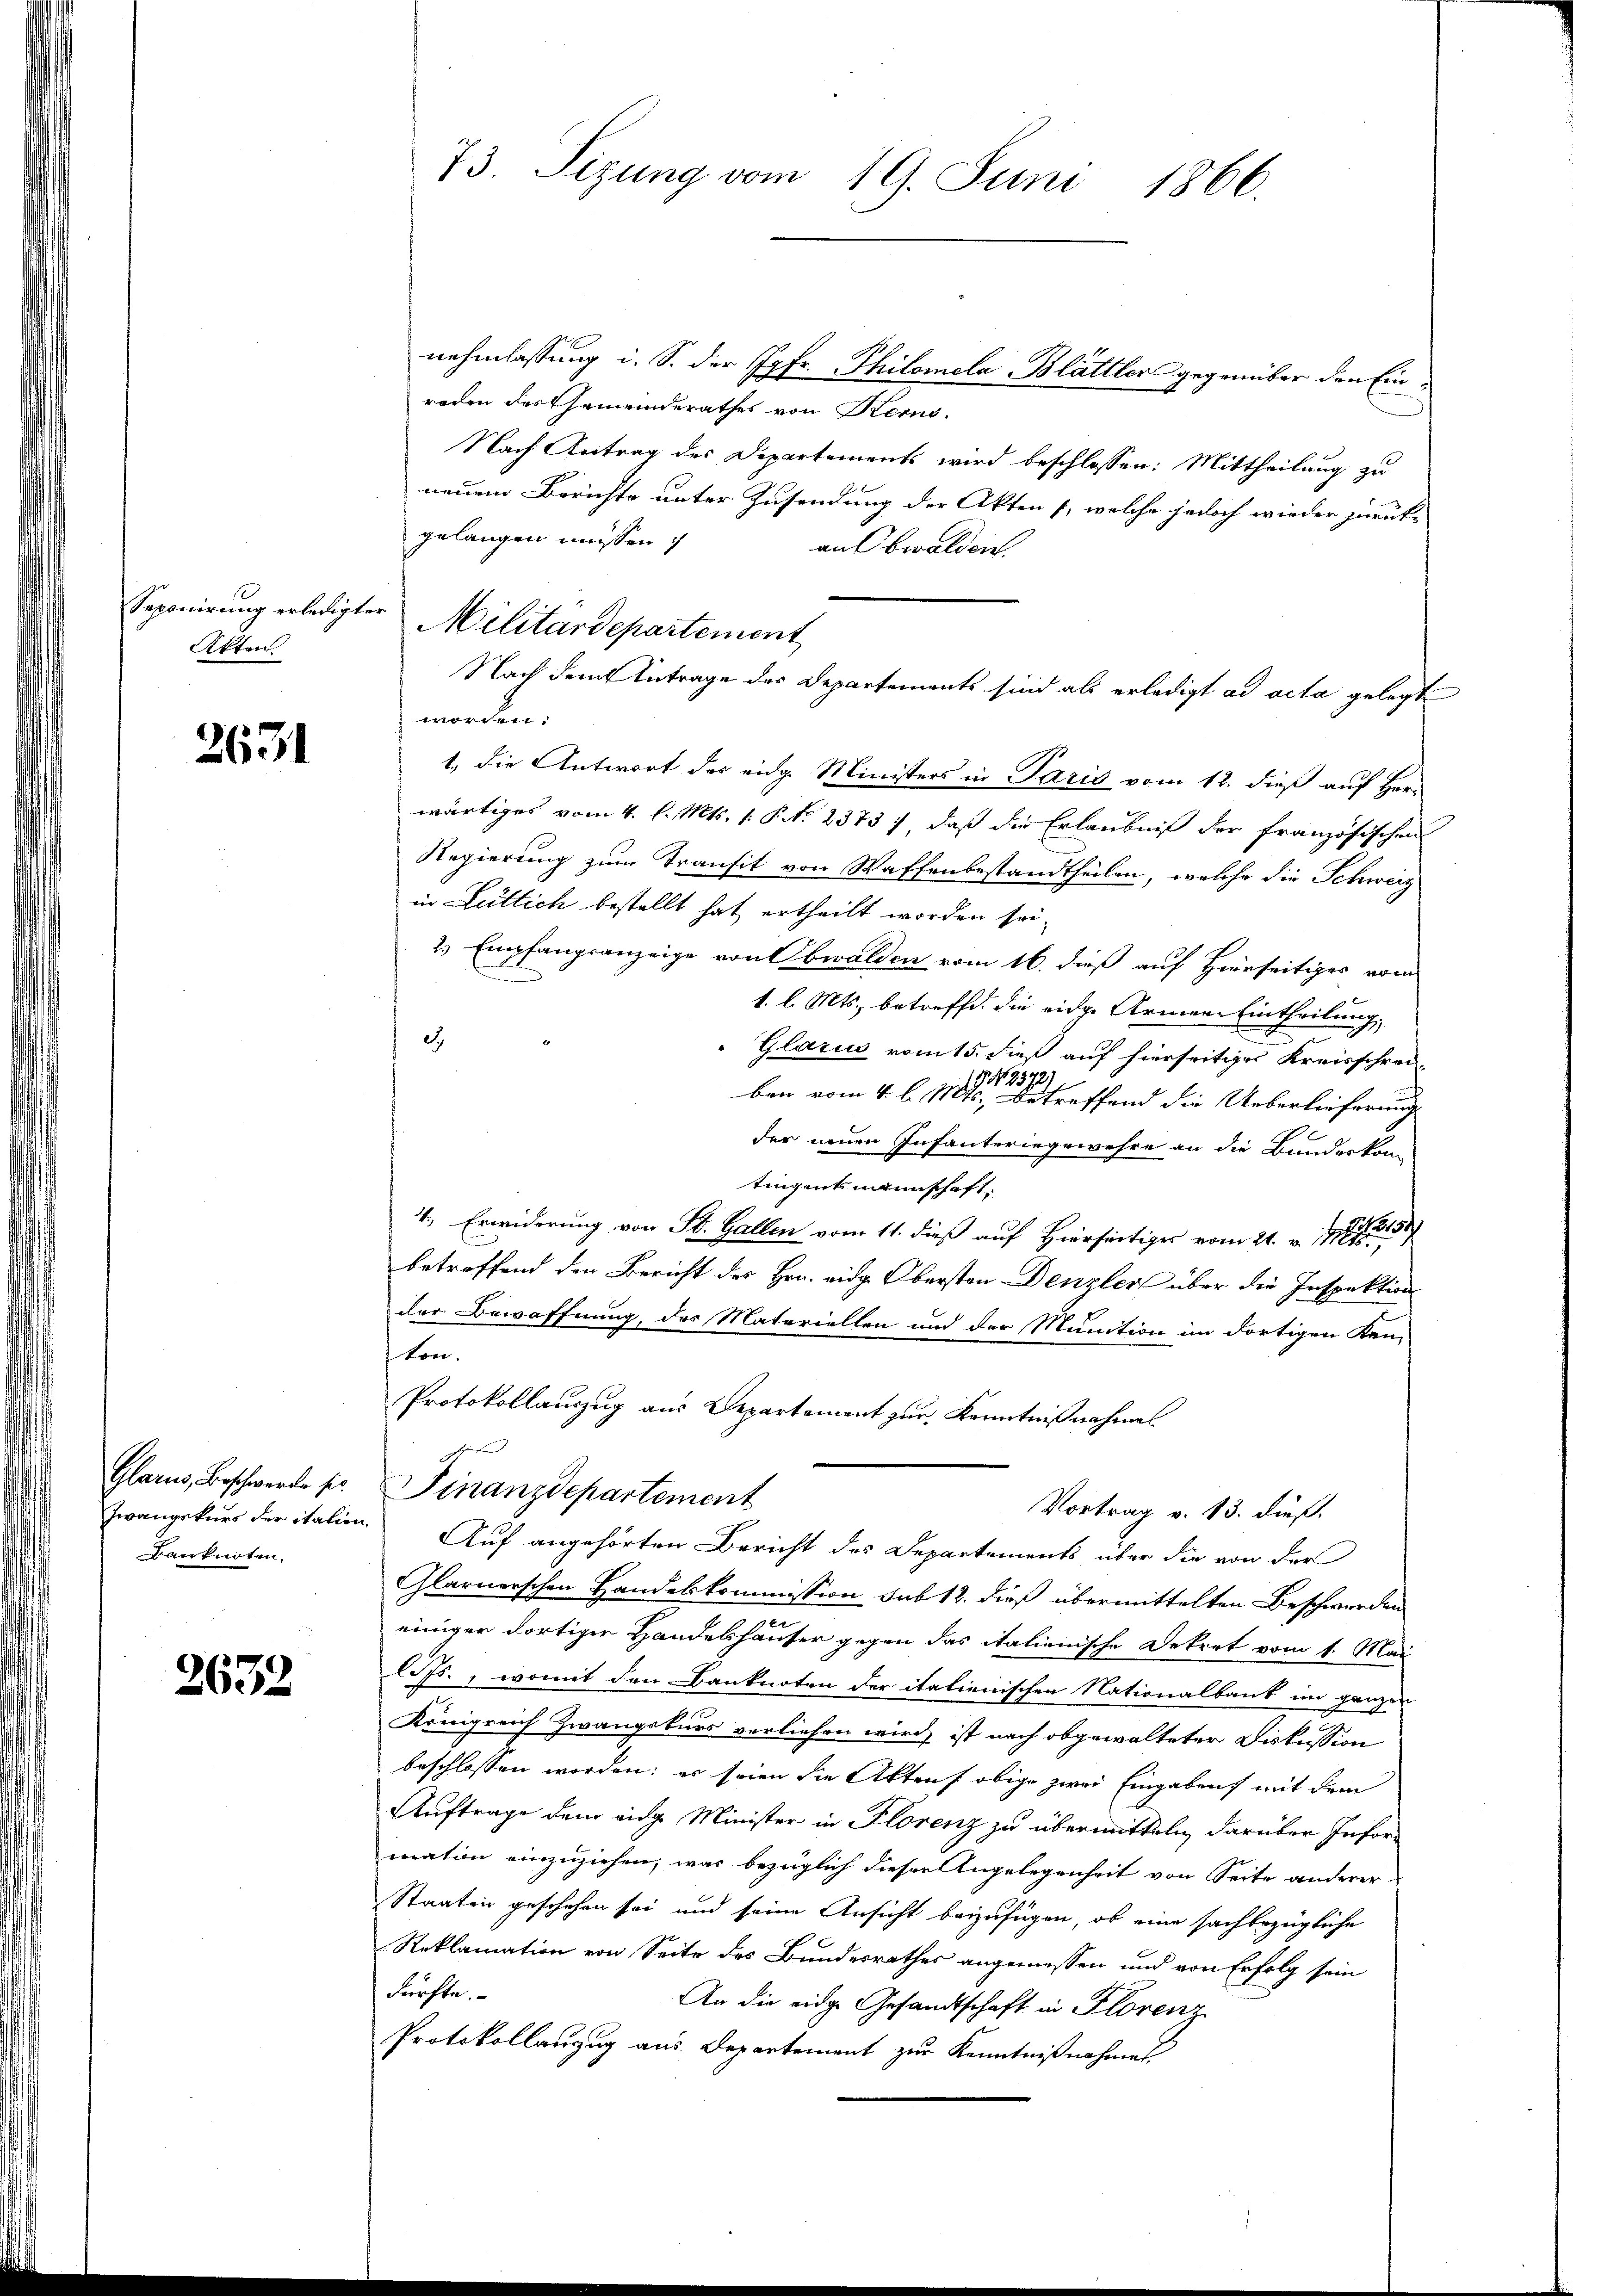
Seponirung erledigter
Akten.

2631

Glarus, Beschwerde sie
zwangekurs der italion
Banknoten.

2632

73. Sizung vom 19. Juni 1866.

nehmlassung i. S. der Jgfr. Philomela Blättler gegenüber den Einroden des Gemeinderathes von Kerne.
Nach Antrag des Departements wird beschlossen: Mittheilung zu
neuem Berichte unter Zusendung der Akten 1, welche jedoch wieder zurück-
gelangen müssen
an Obwalden.
worden.
1. die Antwort des eidg. Ministers in Paris vom 12. dieß auf Herr
wärtiges vom 4. l. Mts. 1: P. No 23737, daß die Erlaubniß der französischen
Regierung zum Transit von Waffenbestandtheilen, welche die Schweiz
in Lutlich bestellt hat ertheilt worden sei¬
2.) Empfangsanzeige von Obwalden vom 16. dieß auf Hierseitiges vom
1. l. Mts., betreffe, die eidge Armene Eintheilung,
.
Glarus vom 15. dieß auf hierseitiges Kreisschrei-
ben vom 4. l. Mts. betreffend die Ueberlieferung
.
der neuen Infanteringewehre an die Bundeskom
tingensmannschaft.
4., Erwiderung von St. Gallen vom 11. dieß auf Hierseitiger vom 21. v. 191
betroffend den Bericht des Hrn. eidg. Obersten Denzler über die Inspektion
der Bewaffnung, der Materiellen und der Munition im dortigen Ken
ton.
Protokollauszug aus Departement zur Kenntnißnahmen
e
Finanzdepartement
Vortrag v. 13. dieß.
Auf angehörten Bericht des Departements über die von der
Glarnerschen Handelskommission sub 12. dieß übermittelten Beschwerden
einiger dortiger Handeshäuser gegen das italienische Dekret vom 1. Mai
lifs., womit den Banknoten der italienischen Nationalbank im ganzer
Königreich Zwangskurs verliehen wird, ist nach obgewalteter Diskussion
beschlossen worden; es seien die Akten obige zwei Eingaben mit dem
Auftrage dem eige Minister in Florenz zu übermitteln darüber Information einzuziehen, was bezüglich dieser Angelegenheit von Seite anderer
Staaten geschehen sei und seine Ansicht beizufügen, ob eine sachbezügliche
Reklamation von Seite des Bundesrathes angemessen und von Erfolg sein
dürfte.
An die eidge Gesandtschaft in Floren
Protokollanzug aus Departement zur Kenntnißnahmet.

Militärdepartement
Nach dem Antrage des Departements sind als erledigt ad acta gelegt